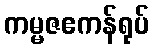
ကမ္မဇဧကန်ရုပ်